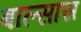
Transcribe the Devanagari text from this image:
बाल्सास